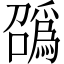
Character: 𫬑